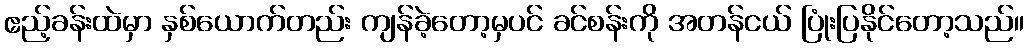
ဧည့်ခန်းထဲမှာ နှစ်ယောက်တည်း ကျန်ခဲ့တော့မှပင် ခင်စန်းကို အတန်ငယ် ပြုံးပြနိုင်တော့သည်။